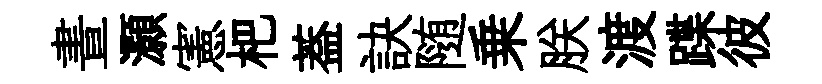
晝灝憲杷葢訣随乗朕渡蹀彼